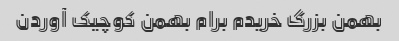
بهمن بزرگ خریدم برام بهمن کوچیک آوردن